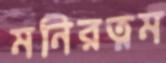
মনিরত্নম